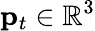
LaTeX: \mathbf{p}_{t}\in\mathbb{R}^{3}